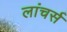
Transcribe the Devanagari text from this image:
लांचर्स